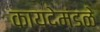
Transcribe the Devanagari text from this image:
कायदेमंडळे